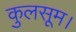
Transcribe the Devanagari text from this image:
कुलसूम।